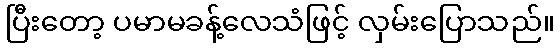
ပြီးတော့ ပမာမခန့်လေသံဖြင့် လှမ်းပြောသည်။